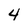
Character: 4